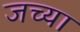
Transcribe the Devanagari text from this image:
जच्या